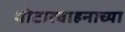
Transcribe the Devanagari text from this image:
मोटारवाहनाच्या